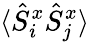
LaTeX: \langle\hat{S}_{i}^{x}\hat{S}_{j}^{x}\rangle